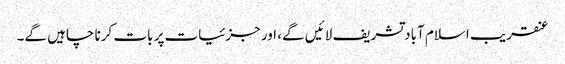
عنقریب اسلام آباد تشریف لائیں گے، اور جزئیات پر بات کرنا چاہیں گے۔